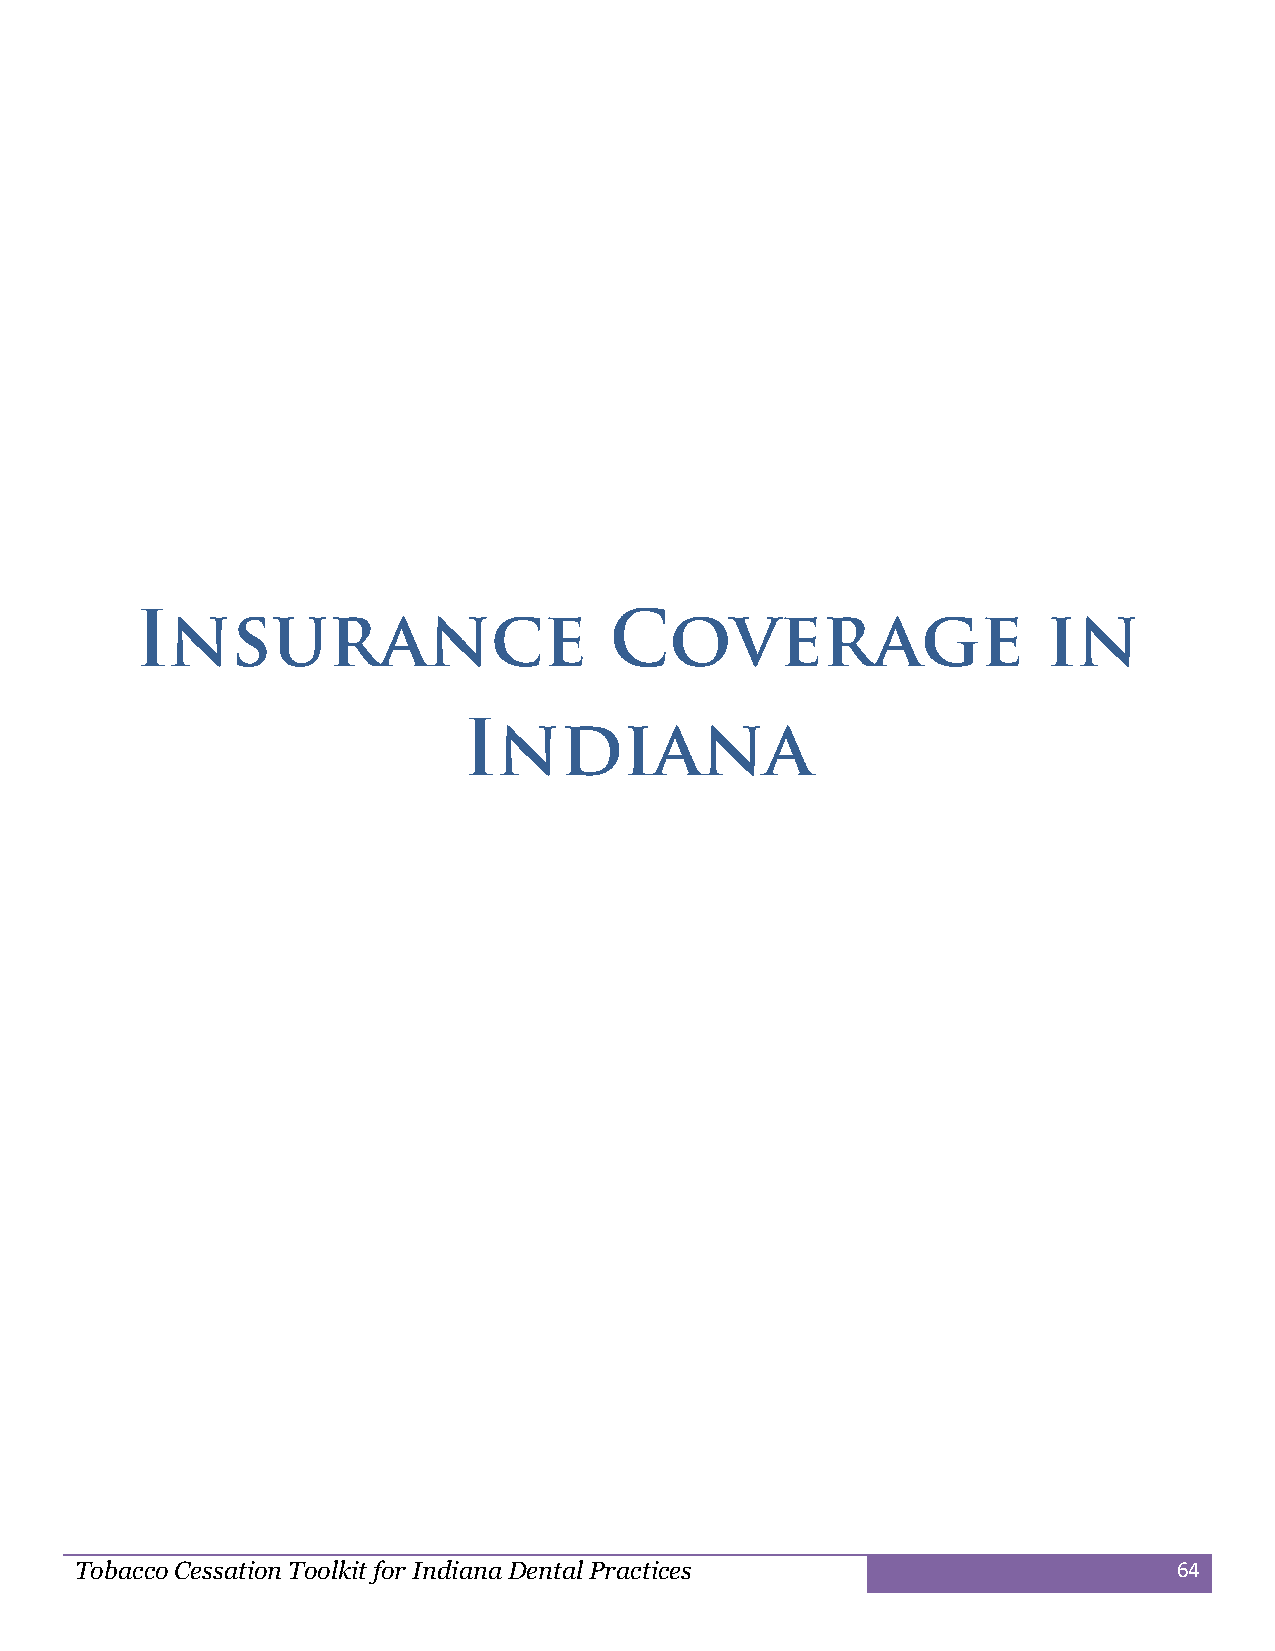
Tobacco Cessation Toolkit for Indiana Dental Practices                   64